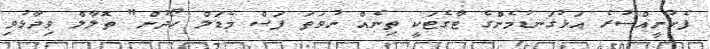
ފެށުނީއްސުރެ އަޅުގަނޑުމެންގެ ޓާގެޓަކީ ތިނެއް ނުވަތަ ފަސް މެޑަލް ހޯދުން" ތޮލާލް ވިދާޅުވި